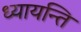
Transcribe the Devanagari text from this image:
ध्यायन्ति